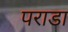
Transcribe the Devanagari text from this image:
पराडा